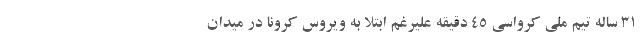
31 ساله تیم ملی کرواسی 45 دقیقه علیرغم ابتلا به ویروس کرونا در میدان